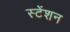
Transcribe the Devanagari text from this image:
स्टेंशन